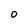
Character: O